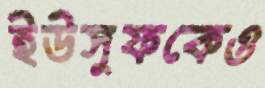
ইউসুফকেও